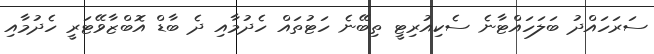
ސަރަހައްދު ބަލަހައްޓާނެ ސެކިއުރިޓީ ތިބޭނެ ހަޓުތައް ހެދުމާއި ދެ ބާޑް އޮބްޒާވޭޓަރީ ހެދުމާއި